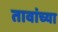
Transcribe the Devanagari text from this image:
तावांच्या